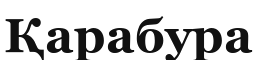
Қарабура